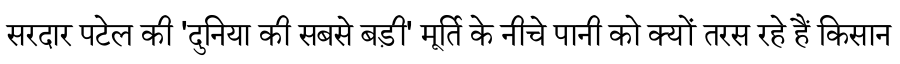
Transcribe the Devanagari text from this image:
सरदार पटेल की 'दुनिया की सबसे बड़ी' मूर्ति के नीचे पानी को क्यों तरस रहे हैं किसान